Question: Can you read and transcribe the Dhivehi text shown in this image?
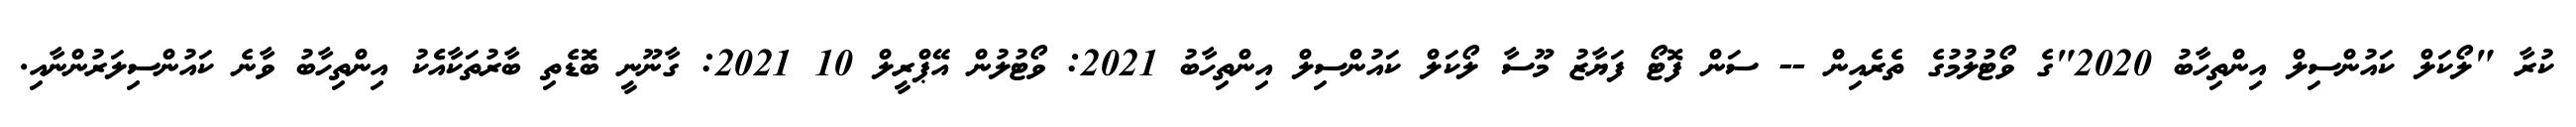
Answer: ކުރާ "ލޯކަލް ކައުންސިލް އިންތިހާބު 2020"ގެ ވޯޓުލުމުގެ ތެރެއިން -- ސަން ފޮޓޯ ފަޔާޒު މޫސާ ލޯކަލް ކައުންސިލް އިންތިހާބު 2021: ވޯޓުލުން އޭޕްރީލް 10 2021: ގާނޫނީ ބޮޑެތި ބާރުތަކާއެެކު އިންތިހާބު ވާނެ ކައުންސިލަރުންނާއި.